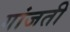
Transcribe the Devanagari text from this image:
गांजती